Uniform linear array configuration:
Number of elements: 16
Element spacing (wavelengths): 0.75
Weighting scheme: hann
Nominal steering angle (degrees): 45
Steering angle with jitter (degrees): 44.571
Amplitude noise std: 0.05
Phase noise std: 0.05

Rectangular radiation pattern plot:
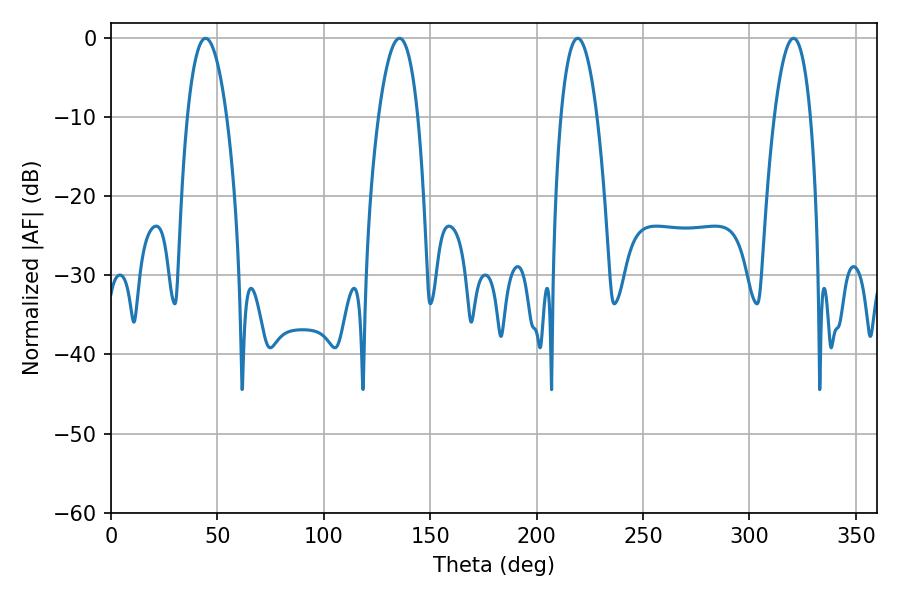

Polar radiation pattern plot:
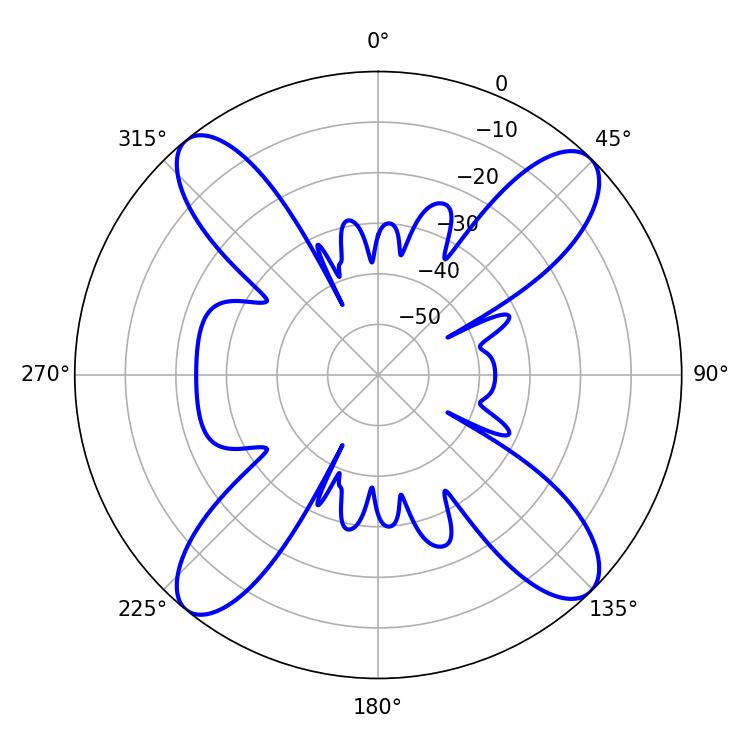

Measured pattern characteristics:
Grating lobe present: TRUE
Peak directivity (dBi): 16.784
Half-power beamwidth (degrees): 10.26
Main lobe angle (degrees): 135.54